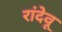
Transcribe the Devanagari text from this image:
रांदेवू